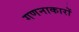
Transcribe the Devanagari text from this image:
गणनाकारों